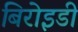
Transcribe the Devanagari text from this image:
बिरोइडी